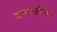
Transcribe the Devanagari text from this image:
दागवारित्च